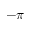
- \pi